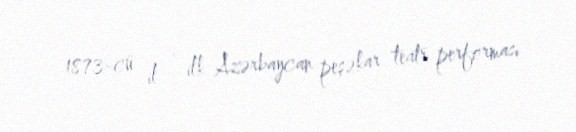
1873-cü il - ilk Azərbaycan peşəkar teatr performası